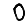
Digit: 0